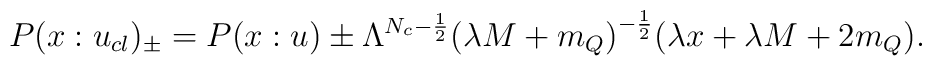
P(x: u_{cl})_{\pm}=P(x: u) \pm \Lambda^{N_{c}-\frac{1}{2}} {(\lambda M+m_Q)}^{-\frac{1}{2}} (\lambda x + \lambda M + 2m_Q).